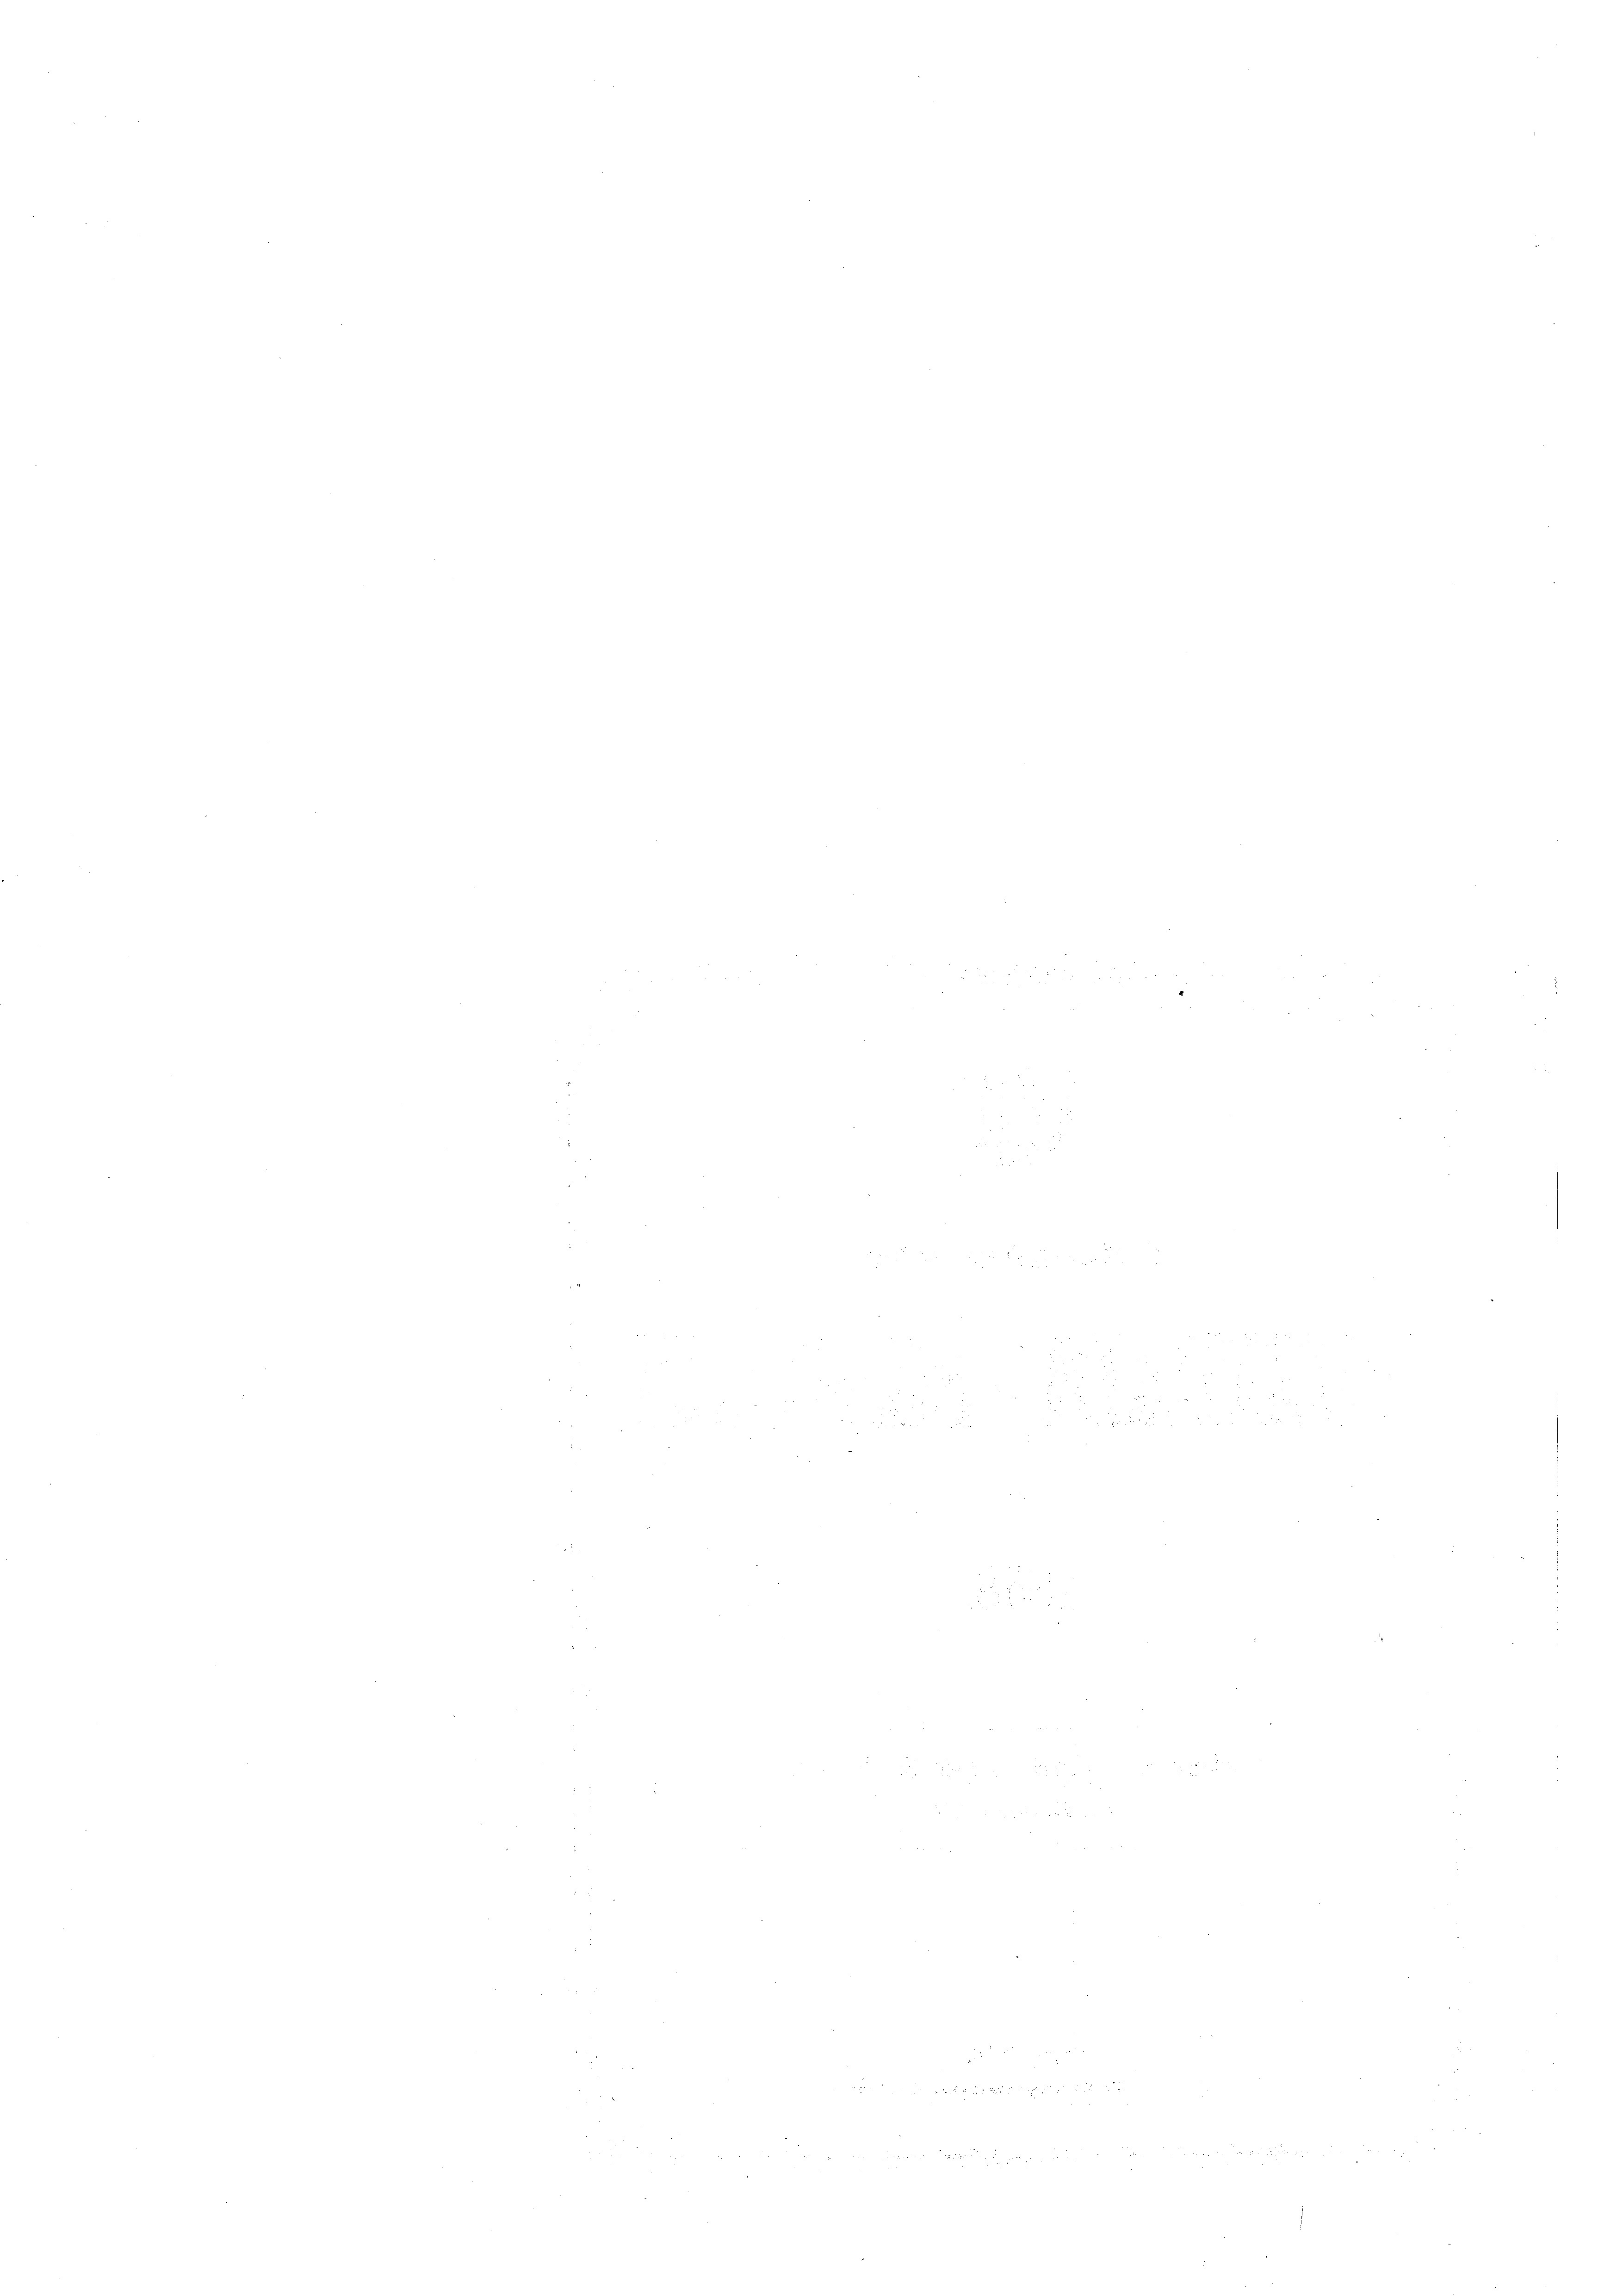
e

2
e

e
e
e
e
e
e
e
e
 2
e
n

n
d
e
e
.
e
8
  2
e
¬
e

e

e
e
4
n
e
d
2
 0 f 4 x
2052
it
e
d
 N. 25. 22
e
e
e
.
e
e
e
¬
e
.
e

n
 2
¬
e
n
2

5
e
d
2
e
e
d
 4 x
5
n
2
u
n
 2
3 x 2 x
 52 x 2

3
e
e
2
¬
e
e
25 F
¬
e
55 x
.

¬
.

d
e
 2 x
¬
e
e
d

n
e
d
222 25
e
¬
e
e

xx
e
n
e
d
 xxx
e
 52 x
24 25
e
.

¬
2
e
8
e
n
e

2
d
e
 2
.

1 f 0 x
e
4 x
2
.

un

 xxx
n
n
w
n
e
d
n
n
e
e
e
e
e

e

.

e

e
e
e
n
e
e
2.
n
.
22

.

¬
 28 x
e

¬
e
e
25
e

e

.
e
2
n
2

¬

n
e
.
n
s
e
e

e

¬
¬
e
e
e

u
s